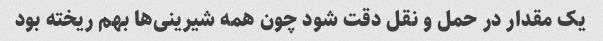
یک مقدار در حمل و نقل دقت شود چون همه شیرینی‌ها بهم ریخته بود